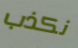
نكذب